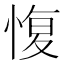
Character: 愎